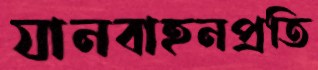
যানবাহনপ্রতি